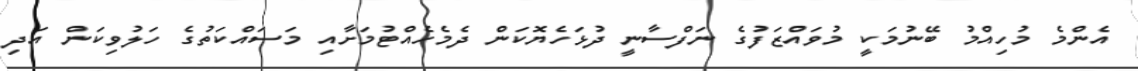
އެންމެ މުހިއްމު ބޭނުމަކީ މުވައްޒަފުގެ ނަފްސާނީ ދުޅަހެޔޮކަން ދެމެހެއްޓުމަށާއި މަސައްކަތުގެ ހަލުވިކަން އަދި